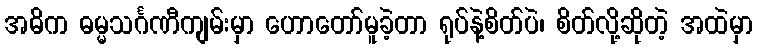
အဓိက ဓမ္မသင်္ဂဏီကျမ်းမှာ ဟောတော်မူခဲ့တာ ရုပ်နဲ့စိတ်ပဲ၊ စိတ်လို့ဆိုတဲ့ အထဲမှာ